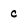
Character: c